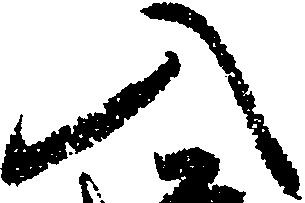
入